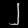
Digit: ၂